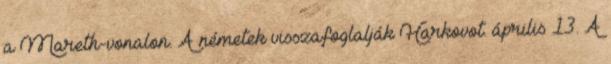
a Mareth-vonalon. A németek visszafoglalják Harkovot. április 13. A